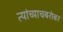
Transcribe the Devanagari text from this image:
त्यांच्याचबरोबर